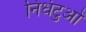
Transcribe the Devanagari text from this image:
निधंटुओं